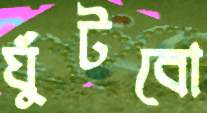
ঘুঁটবো